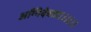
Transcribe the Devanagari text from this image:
अग्निदेवता।।।।।।